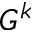
G ^ { k }